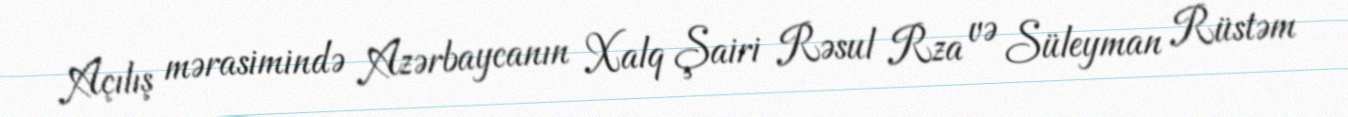
Açılış mərasimində Azərbaycanın Xalq Şairi Rəsul Rza və Süleyman Rüstəm